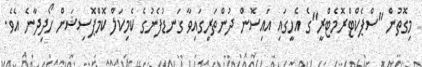
މިގޮތުން "ސްޕެކްޓްރޮމެޓްރީ"ގެ އެހީގައި އައިސޮން ދުންތަރީގައިވާ ގަނޑުފެނުގެ ކެމިކަލް ކޮމްޕޮސިޝަން ހޯދިދާނެ އެވެ.